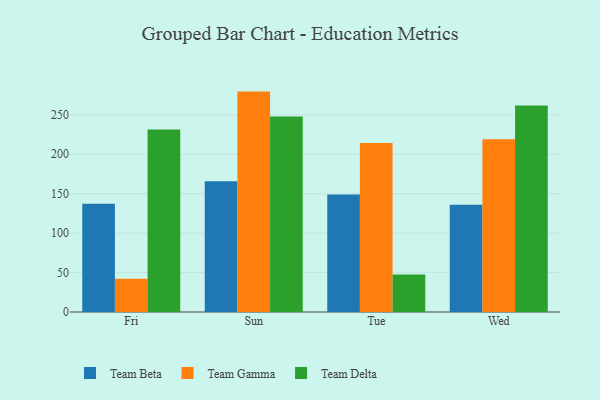
{"axis": {"x": "Day", "y": "Waste Production (Tons)"}, "legend": ["Team Beta", "Team Delta", "Team Gamma"], "data": [{"x": "Fri", "y": 137.4, "type": "Team Beta"}, {"x": "Fri", "y": 42.2, "type": "Team Gamma"}, {"x": "Fri", "y": 231.3, "type": "Team Delta"}, {"x": "Sun", "y": 165.9, "type": "Team Beta"}, {"x": "Sun", "y": 279.5, "type": "Team Gamma"}, {"x": "Sun", "y": 248.0, "type": "Team Delta"}, {"x": "Tue", "y": 149.1, "type": "Team Beta"}, {"x": "Tue", "y": 214.3, "type": "Team Gamma"}, {"x": "Tue", "y": 47.7, "type": "Team Delta"}, {"x": "Wed", "y": 136.1, "type": "Team Beta"}, {"x": "Wed", "y": 219.2, "type": "Team Gamma"}, {"x": "Wed", "y": 262.0, "type": "Team Delta"}]}